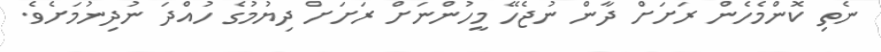
ނެތި ކޮންމެހެން ރަށަށް ދާން ނުޖެހޭ މީހުންނަށް ރަށަށް ދިޔުމުގެ ހުއްދަ ނުދިނުމަށެވެ.